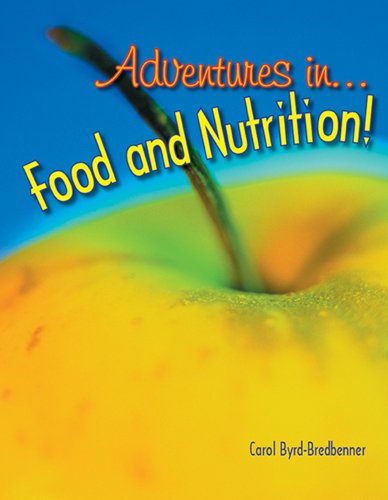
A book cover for Adventures in Food and Nutrition!; Carol Byrd-Bredbenner  Ph.D. R.D.; Teen & Young Adult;